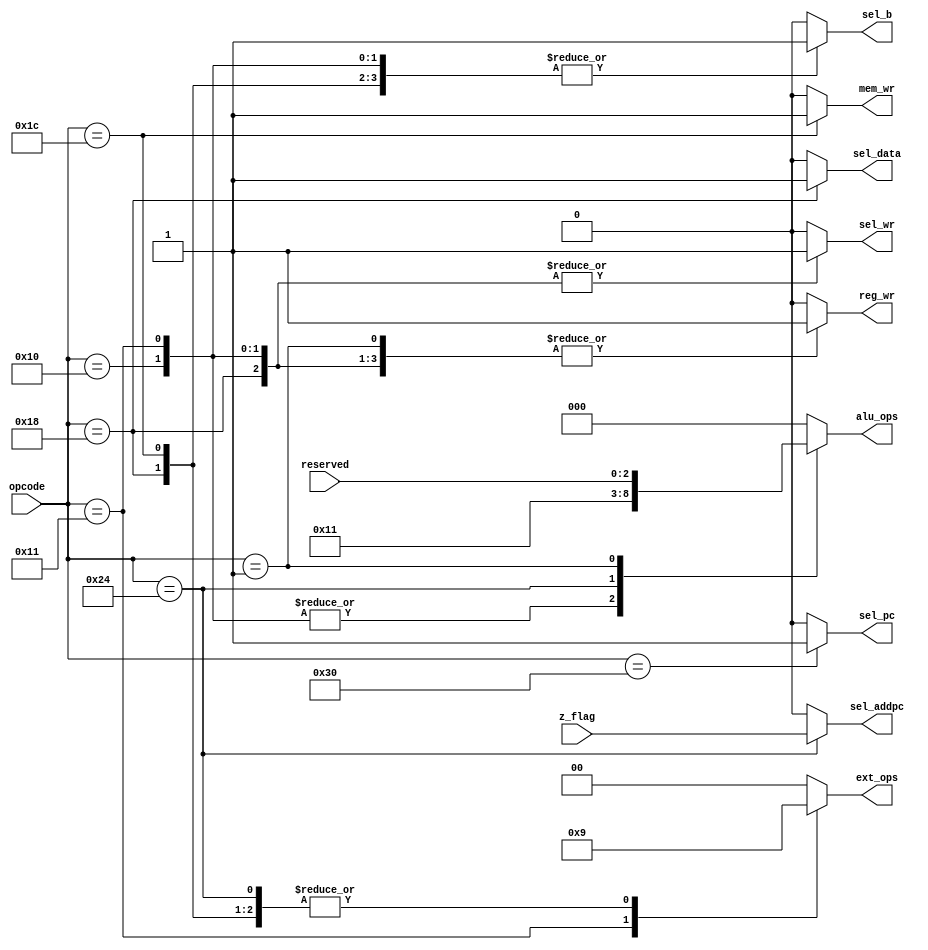
`timescale 1ns / 1ps
//////////////////////////////////////////////////////////////////////////////////
// Company: 
// Engineer: 
// 
// Design Name: 
// Module Name: control
// Project Name: 
// Target Devices: 
// Tool Versions: 
// Description: 
// 
// Dependencies: 
// 
// Revision:
// Revision 0.01 - File Created
// Additional Comments:
// 
//////////////////////////////////////////////////////////////////////////////////


module control(	
	output reg sel_pc,
    output reg sel_addpc,
    output reg sel_wr,
    output reg sel_b,
    output reg sel_data,
    output reg reg_wr,
    output reg mem_wr,
    output reg [1:0] ext_ops,
    output reg [2:0] alu_ops,
    input [5:0] opcode,
    input [2:0] reserved, 
    input z_flag
	);

    localparam ORI=6'b010000;
    localparam ORUI=6'b010001;
    localparam ALU=6'b000001;
    localparam LW=6'b011000;
    localparam SW=6'b011100;
    localparam BEQ=6'b100100;
    localparam JMP=6'b110000;
    
    // sel_pc
    always @(opcode) begin
        case (opcode)
            JMP : sel_pc=1;
            default : sel_pc=0;
        endcase
    end
    
    // sel_addpc
    always @(opcode or z_flag) begin
        case (opcode)
            BEQ : sel_addpc=z_flag;
            default : sel_addpc=0;
        endcase
    end
    
    // sel_wr
    always @(opcode) begin
        case (opcode)
            ORI : sel_wr=1;
            ORUI : sel_wr=1;
            LW : sel_wr=1;
            default : sel_wr=0;
        endcase
    end
    
    // sel_b
    always @(opcode) begin
        case (opcode)
            ORI : sel_b=1;
            ORUI : sel_b=1;
            LW : sel_b=1;
            SW : sel_b=1;
            default : sel_b=0;
        endcase
    end
    
    // sel_data
    always @(opcode) begin
        case (opcode)
            LW : sel_data=1;
            default : sel_data=0;
        endcase
    end
    
    // reg_wr
    always @(opcode) begin
        case (opcode)
            ORI : reg_wr=1;
            ORUI : reg_wr=1;
            ALU : reg_wr=1;
            LW : reg_wr=1;
            default : reg_wr=0;
        endcase
    end
    
    // mem_wr
    always @(opcode) begin
        case (opcode)
            SW : mem_wr=1;
            default : mem_wr=0;
        endcase
    end
    
    // ext_ops
    always @(opcode) begin
        case (opcode)
            ORUI : ext_ops=2'b10;
            LW : ext_ops=2'b01;
            SW : ext_ops=2'b01;
            BEQ : ext_ops=2'b01;
            default : ext_ops=2'b00;
        endcase
    end
    
    // alu_ops
    always @(opcode||reserved) begin
        case (opcode)
            ORI : alu_ops=3'b010;
            ORUI : alu_ops=3'b010;
            BEQ : alu_ops=3'b001;
            ALU : alu_ops=reserved;
            default : alu_ops=3'b000;
        endcase
    end

endmodule